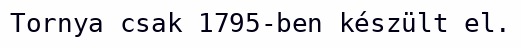
Tornya csak 1795-ben készült el.